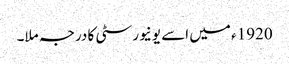
1920ء میں اسے یونیورسٹی کا درجہ ملا۔